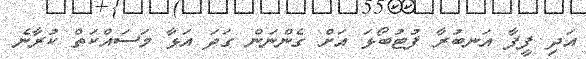
އަދި ފީފާ އަނބުރާ ފުޓުބޯޅަ އަށް ގެންނަން ގަދަ އަޅާ މަސައްކަތް ކުރާނެ